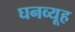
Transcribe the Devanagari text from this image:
घनव्यूह